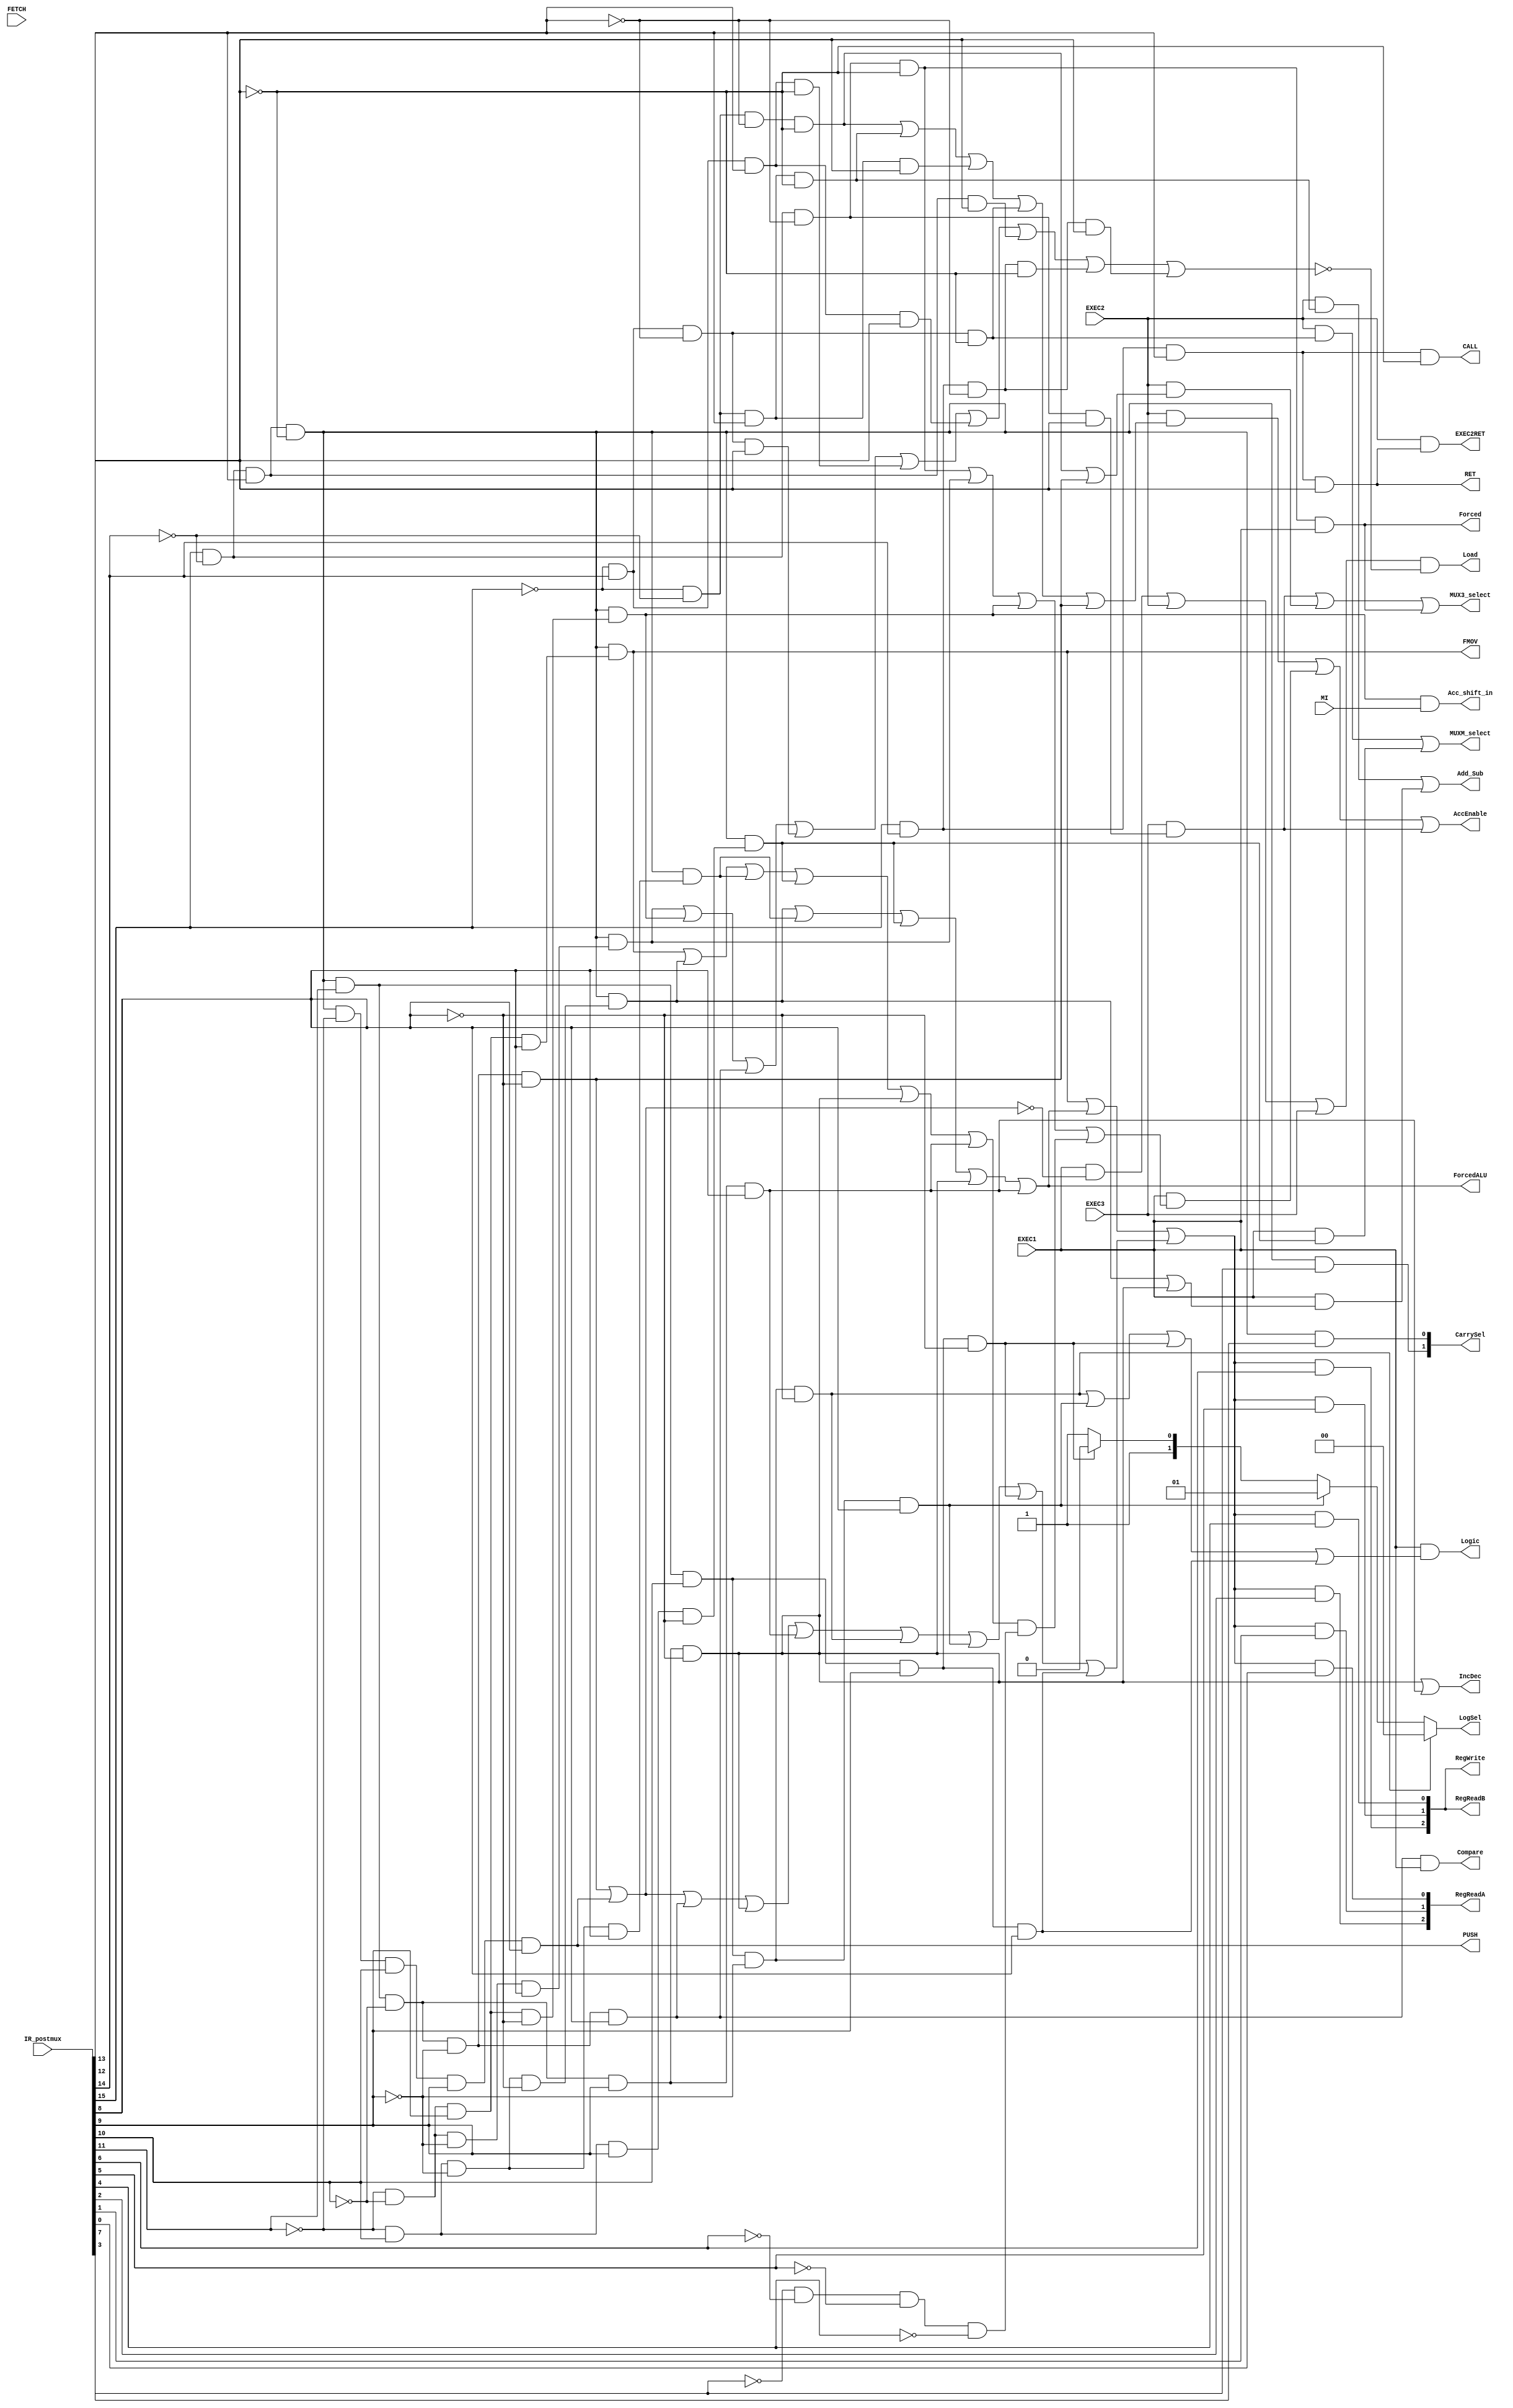
module DataDecode
(
	input [15:0] IR_postmux,
	input FETCH,
	input EXEC1,
	input EXEC2,
	input EXEC3,
	input MI,
	output Add_Sub,
	output MUX3_select,
	output [2:0] RegWrite,
	output [2:0] RegReadA,
	output [2:0] RegReadB,
	output Load,
	output Acc_shift_in,
	output Forced,
	output FMOV,
	output ForcedALU,
	output MUXM_select,
	output AccEnable,
	output [1:0] LogSel,
	output Logic,
	output PUSH,
	output CALL,
	output EXEC2RET,
	output IncDec,
	output Compare,
	output [1:0] CarrySel,
	output RET
);

	wire LDA, STA, ADD, SUB, MUL, JMP, JMI, JEQ, LDI, LDN, SSS, JME, JMG, JGE;
	
	assign LDA = ~IR_postmux[15] & ~IR_postmux[14] & ~IR_postmux[13] & ~IR_postmux[12];   
	assign STA = ~IR_postmux[15] & ~IR_postmux[14] & ~IR_postmux[13] & IR_postmux[12];
	assign ADD = ~IR_postmux[15] & ~IR_postmux[14] & IR_postmux[13] & ~IR_postmux[12];
	assign SUB = ~IR_postmux[15] & ~IR_postmux[14] & IR_postmux[13] & IR_postmux[12];
	assign MUL = ~IR_postmux[15] & IR_postmux[14] & ~IR_postmux[13] & ~IR_postmux[12]; 
	assign JMP = ~IR_postmux[15] & IR_postmux[14] & ~IR_postmux[13] & IR_postmux[12]; 
	assign JMI = ~IR_postmux[15] & IR_postmux[14] & IR_postmux[13] & ~IR_postmux[12];  
	assign JEQ = ~IR_postmux[15] & IR_postmux[14] & IR_postmux[13] & IR_postmux[12];  
	assign LDI = IR_postmux[15] & ~IR_postmux[14] & ~IR_postmux[13] & ~IR_postmux[12];
	assign LDN = IR_postmux[15] & ~IR_postmux[14] & ~IR_postmux[13] & IR_postmux[12];
	assign SSS = IR_postmux[15] & ~IR_postmux[14] & IR_postmux[13] & ~IR_postmux[12];
	assign JME = IR_postmux[15] & ~IR_postmux[14] & IR_postmux[13] & IR_postmux[12];
	assign JMG = IR_postmux[15] & IR_postmux[14] & ~IR_postmux[13] & ~IR_postmux[12];
	assign JGE = IR_postmux[15] & IR_postmux[14] & ~IR_postmux[13] & IR_postmux[12];
	assign CALL = IR_postmux[15] & IR_postmux[14] & IR_postmux[13] & ~IR_postmux[12];
	assign RET = IR_postmux[15] & IR_postmux[14] & IR_postmux[13] & IR_postmux[12];

	
	wire STP, LSR, ASR, MOVR, ADDR, SUBR, MULR, POP, CMP, INC, DEC, AND, OR, XOR, NOT;
	
	assign STP = SSS & (~IR_postmux[11] & ~IR_postmux[10] & ~IR_postmux[9] & ~IR_postmux[8]);
	assign LSR = SSS & (~IR_postmux[11] & ~IR_postmux[10] & ~IR_postmux[9] & IR_postmux[8]);
	assign ASR = SSS & (~IR_postmux[11] & ~IR_postmux[10] & IR_postmux[9] & ~IR_postmux[8]);
	assign MOVR = SSS & (~IR_postmux[11] & ~IR_postmux[10] & IR_postmux[9] & IR_postmux[8]);
	assign ADDR = SSS & (~IR_postmux[11] & IR_postmux[10] & ~IR_postmux[9] & ~IR_postmux[8]);
	assign SUBR = SSS & (~IR_postmux[11] & IR_postmux[10] & ~IR_postmux[9] & IR_postmux[8]);
	assign MULR = SSS & (~IR_postmux[11] & IR_postmux[10] & IR_postmux[9] & ~IR_postmux[8]);
	assign PUSH =  SSS & ~IR_postmux[11] & IR_postmux[10] & IR_postmux[9] & IR_postmux[8];
	assign POP = SSS & IR_postmux[11] & ~IR_postmux[10] & ~IR_postmux[9] & ~IR_postmux[8];
	assign CMP = SSS & IR_postmux[11] & ~IR_postmux[10] & ~IR_postmux[9] & IR_postmux[8];
	assign INC = SSS & IR_postmux[11] & ~IR_postmux[10] & IR_postmux[9] & ~IR_postmux[8];
	assign DEC = SSS & IR_postmux[11] & ~IR_postmux[10] & IR_postmux[9] & IR_postmux[8];
	assign AND = SSS & IR_postmux[11] & IR_postmux[10] & ~IR_postmux[9] & ~IR_postmux[8];
	assign OR = SSS & IR_postmux[11] & IR_postmux[10] & ~IR_postmux[9] & IR_postmux[8];
	assign XOR = SSS & IR_postmux[11] & IR_postmux[10] & IR_postmux[9] & ~IR_postmux[8];
	assign NOT = SSS & IR_postmux[11] & IR_postmux[10] & IR_postmux[9] & IR_postmux[8];
	
	wire Accisdest;
	assign Accisdest = ~IR_postmux[7] & ~IR_postmux[6] & ~IR_postmux[5] & ~IR_postmux[4];

	assign EXEC2RET = EXEC2 & RET;
	
	assign FMOV = MOVR;
	assign ForcedALU = ADDR | SUBR | MULR | INC | DEC;	
	
	wire RegRemaining;
	assign RegRemaining = PUSH | POP | CMP | INC | DEC | AND | OR | XOR | NOT;
	
	wire RegInstr;
	assign RegInstr = FMOV | ForcedALU | RegRemaining;
	
	
	assign RegWrite[2] = RegInstr & IR_postmux[6];
	assign RegWrite[1] = RegInstr & IR_postmux[5];
	assign RegWrite[0] = RegInstr & IR_postmux[4];
	
	assign RegReadA[2] = RegInstr & IR_postmux[2];
	assign RegReadA[1] = RegInstr & IR_postmux[1];
	assign RegReadA[0] = RegInstr & IR_postmux[0];
	
	assign RegReadB = RegWrite;
	assign CarrySel[1] = SSS & IR_postmux[7];
	assign CarrySel[0] = SSS & IR_postmux[3];
	assign AccEnable = (EXEC2 & (LDA | ADD | SUB | MUL | POP)) | (EXEC1 & (LDI | LSR | ASR | ((MOVR|ADDR|SUBR|MULR|INC|DEC) & Accisdest))) | (EXEC3 & LDN);
	assign Add_Sub = (EXEC2 & ADD) | (EXEC1 & (ADDR | INC));
	assign MUX3_select = (EXEC3 & LDN) | (EXEC2 & (LDA | POP)) | (EXEC1 & LDI);
	assign Load = (EXEC1 & ~(POP | PUSH)| EXEC2 | EXEC3) & ~(LSR | ASR | CMP | JMP | JMI | JEQ | JME | JMG | JGE);
	assign Acc_shift_in = ASR & MI;
	assign Forced = LDI & EXEC1;
	assign MUXM_select = (EXEC2 & MUL) | (EXEC1 & MULR);
	assign Logic = EXEC1&(AND|OR|XOR|NOT);

	reg [1:0] LogSelTemp;
	always@(AND or OR or XOR or NOT)
	begin
	if(AND)
		begin
		LogSelTemp = 2'b00;
		end
	else if(OR)
		begin
		LogSelTemp = 2'b01;
		end
	else if(XOR)
		begin 
		LogSelTemp = 2'b10;
		end
	else
		begin
		LogSelTemp = 2'b11;
		end
	end
	assign LogSel = LogSelTemp;	
	
	assign IncDec = INC | DEC;
	assign Compare = CMP & EXEC1;
	
endmodule